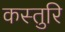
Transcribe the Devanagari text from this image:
कस्तुरि